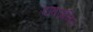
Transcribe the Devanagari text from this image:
दाबजनित